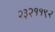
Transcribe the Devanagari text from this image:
२३२११९२